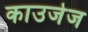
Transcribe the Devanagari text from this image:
काउजेज